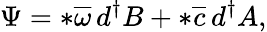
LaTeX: \Psi=*\overline{{{\omega}}}\, d^{\dagger}B+*\overline{{{c}}}\, d^{\dagger}A,